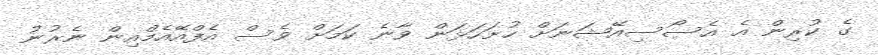
ގެ ކުރިން އެ އެސޯސިއޭޝަނަށް ހުށަހަޅަން ވާނެ ކަމަށް ވެސް އެފްއޭއެމްއިން ނެރުނު